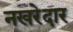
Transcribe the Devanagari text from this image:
नखरेदार